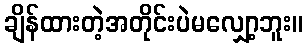
ချိန်ထားတဲ့အတိုင်းပဲမလျှော့ဘူး။